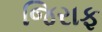
જિરાફ